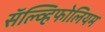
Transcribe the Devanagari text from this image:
सॅल्व्हिफोलियम